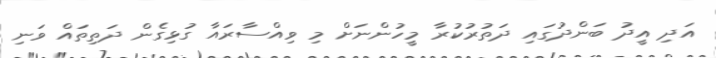
އަދި އީދު ބަންދުގައި ދަތުރުކުރާ މީހުންނަށް މި ވިއްސާރައާ ގުޅިގެން ދަތިތައް ވަނި